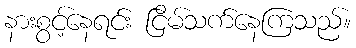
နားစွင့်နေရင်း ငြိမ်သက်နေကြသည်။